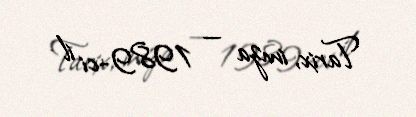
Tarix, imza — 1989-ci il